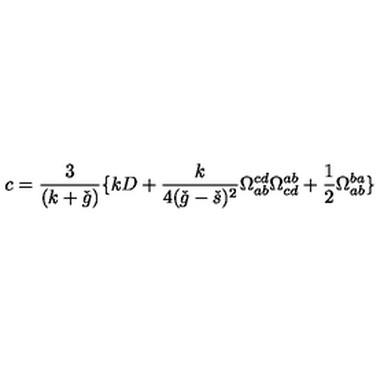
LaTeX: c = \frac { 3 } { ( k + \check { g } ) } \{ k D + \frac { k } { 4 ( \check { g } - \check { s } ) ^ { 2 } } \Omega _ { a b } ^ { c d } \Omega _ { c d } ^ { a b } + \frac { 1 } { 2 } \Omega _ { a b } ^ { b a } \}